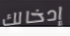
إدخالك